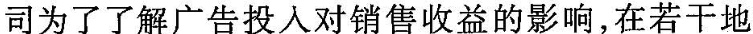
司为了了解广告投人对销售收益的影响，在若干地